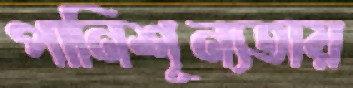
পানিশূন্যতায়